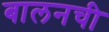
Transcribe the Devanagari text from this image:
बालनची